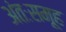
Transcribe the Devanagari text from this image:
अंतःसमूह